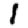
Digit: 1